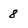
Character: 8